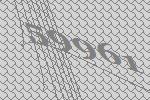
59961